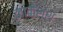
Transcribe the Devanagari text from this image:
काकेशश